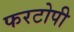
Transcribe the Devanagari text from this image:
फरटोपी